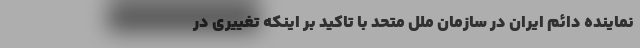
نماینده دائم ایران در سازمان ملل متحد با تاکید بر اینکه تغییری در